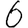
Digit: 6